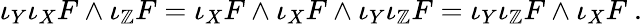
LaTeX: \iota_{Y}\iota_{X}F\wedge\iota_{\mathbb{Z}}F=\iota_{X}F\wedge\iota_{X}F\wedge\iota_{Y}\iota_{\mathbb{Z}}F=\iota_{Y}\iota_{\mathbb{Z}}F\wedge\iota_{X}F~.